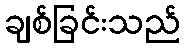
ချစ်ခြင်းသည်